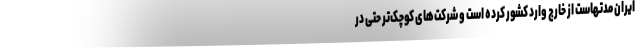
ایران مدتهاست از خارج وارد کشور کرده است و شرکت‌های کوچک‌تر حتی در